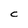
Character: c